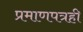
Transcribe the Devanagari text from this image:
प्रमाणपत्रही